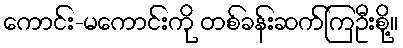
ကောင်း-မကောင်းကို တစ်ခန်းဆက်ကြဦးစို့။